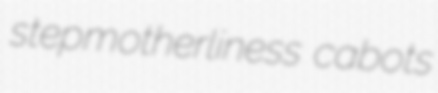
stepmotherliness cabots